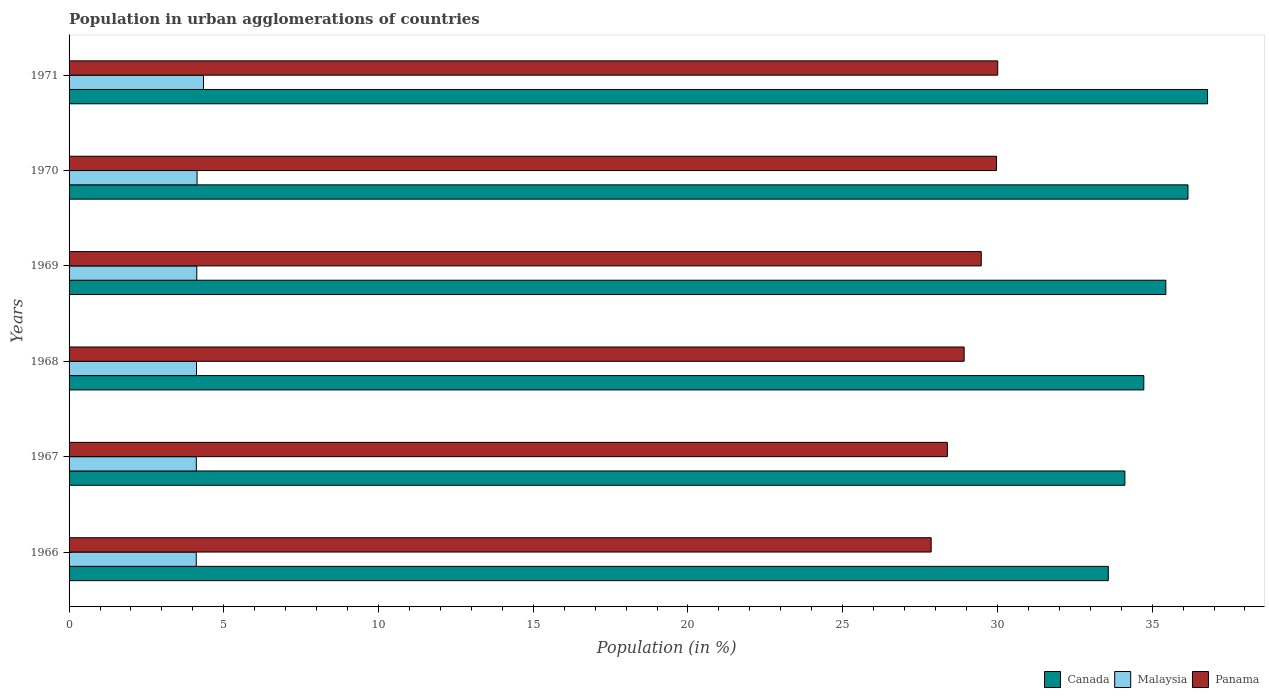
| Years | Canada | Malaysia | Panama |
 | --- | --- | --- | --- |
 | 1966 | 33.6 | 4.11 | 27.9 |
 | 1967 | 34.1 | 4.11 | 28.4 |
 | 1968 | 34.7 | 4.12 | 28.9 |
 | 1969 | 35.4 | 4.13 | 29.5 |
 | 1970 | 36.2 | 4.14 | 30 |
 | 1971 | 36.8 | 4.34 | 30 |